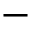
-